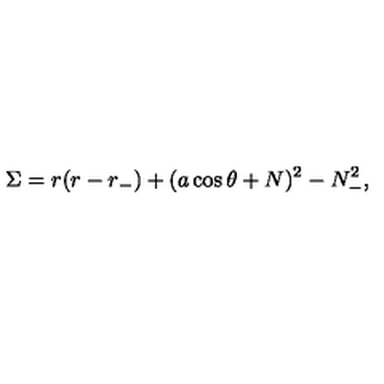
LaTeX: \Sigma = r ( r - r _ { - } ) + ( a \cos \theta + N ) ^ { 2 } - N _ { - } ^ { 2 } ,